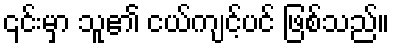
၎င်းမှာ သူ၏ ငယ်ကျင့်ပင် ဖြစ်သည်။